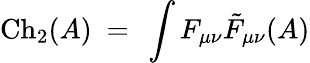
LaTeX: \mathrm{Ch}_{2}(A)\ =\ \int F_{\mu\nu}{\tilde{F}}_{\mu\nu}(A)